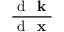
\frac { \mathrm { ~ d ~ } \textbf { k } } { \mathrm { ~ d ~ } \textbf { x } }